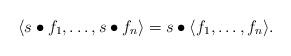
LaTeX: \begin{align*} \langle s\bullet f_1,\ldots, s\bullet f_n\rangle = s\bullet\langle f_1,\ldots,f_n\rangle.\end{align*}